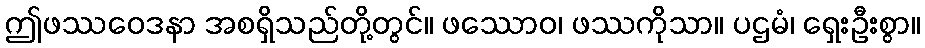
ဤဖဿဝေဒနာ အစရှိသည်တို့တွင်။ ဖဿောဝ၊ ဖဿကိုသာ။ ပဌမံ၊ ရှေးဦးစွာ။